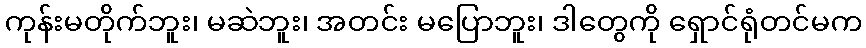
ကုန်းမတိုက်ဘူး၊ မဆဲဘူး၊ အတင်း မပြောဘူး၊ ဒါတွေကို ရှောင်ရုံတင်မက